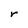
Character: r